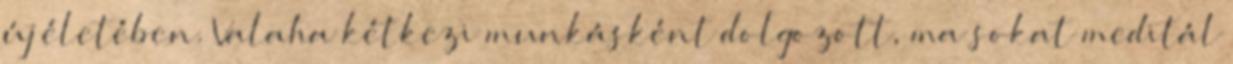
új életében. Valaha kétkezi munkásként dolgozott, ma sokat meditál